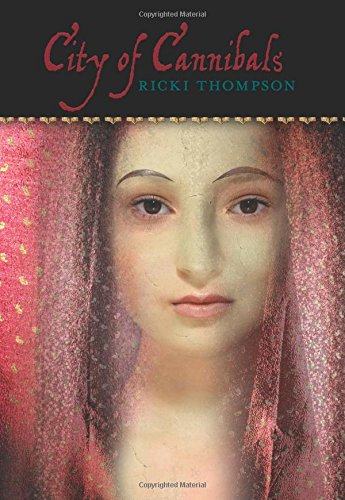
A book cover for City of Cannibals; Ricki Thompson; Teen & Young Adult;